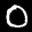
Label: 0